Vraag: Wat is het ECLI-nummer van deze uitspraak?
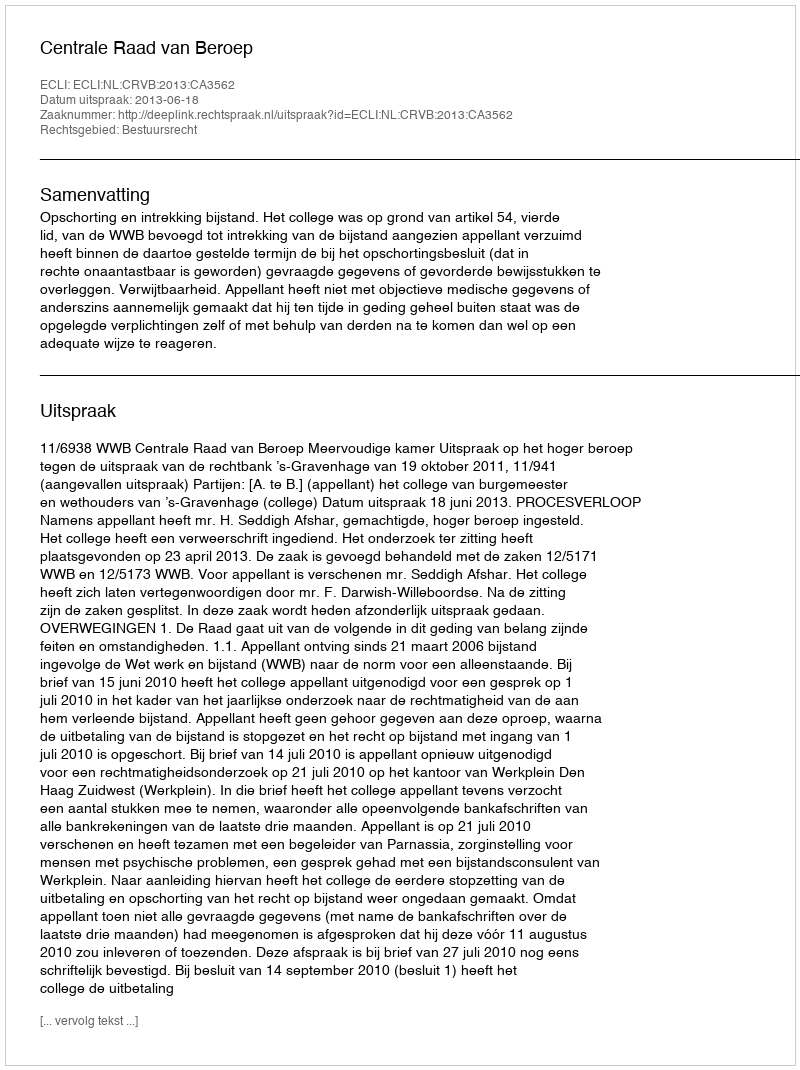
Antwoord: ECLI:NL:CRVB:2013:CA3562